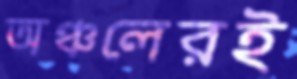
অঞ্চলেরই